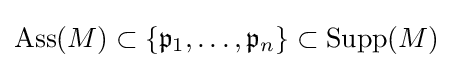
\operatorname {Ass} (M)\subset \{{\mathfrak {p}}_{1},\dots ,{\mathfrak {p}}_{n}\}\subset \operatorname {Supp} (M)